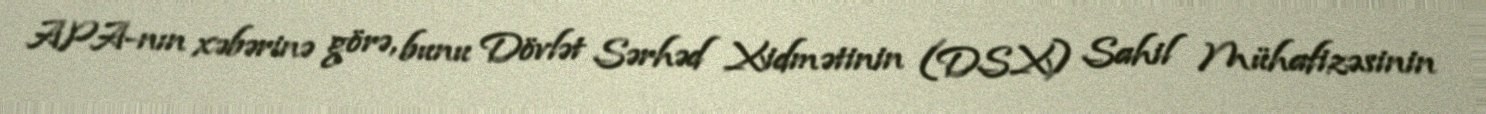
APA-nın xəbərinə görə, bunu Dövlət Sərhəd Xidmətinin (DSX) Sahil Mühafizəsinin